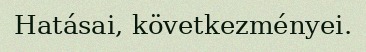
Hatásai, következményei.